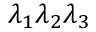
\lambda _ { 1 } \lambda _ { 2 } \lambda _ { 3 }